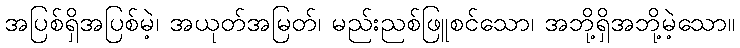
အပြစ်ရှိအပြစ်မဲ့၊ အယုတ်အမြတ်၊ မည်းညစ်ဖြူစင်သော၊ အဘို့ရှိအဘို့မဲ့သော။